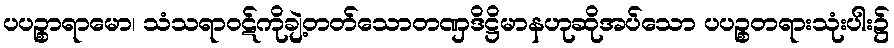
ပပဉ္စာရာမော၊ သံသရာဝဋ်ကိုချဲ့တတ်သောတဏှဒိဋ္ဌိမာနဟုဆိုအပ်သော ပပဉ္စတရားသုံးပါး၌